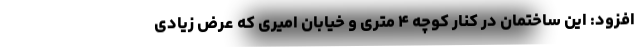
افزود: این ساختمان در کنار کوچه ۴ متری و خیابان امیری که عرض زیادی